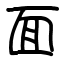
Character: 面